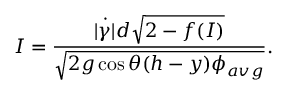
I = \frac { \dot { | \gamma | } d \sqrt { 2 - f ( I ) } } { \sqrt { 2 g \cos \theta ( h - y ) \phi _ { a v g } } } .